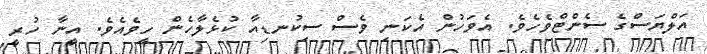
އަލްޔަސްގެ ސެންޓްވެހެވެ. އެވަހުން އެކަނި ވެސް ސިކުނޑިއާ ކުޅެލާހެން ހީވެއެވެ. އީނާ ހުރީ